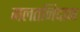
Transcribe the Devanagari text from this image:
गलतनिदान